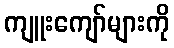
ကျူးကျော်များကို